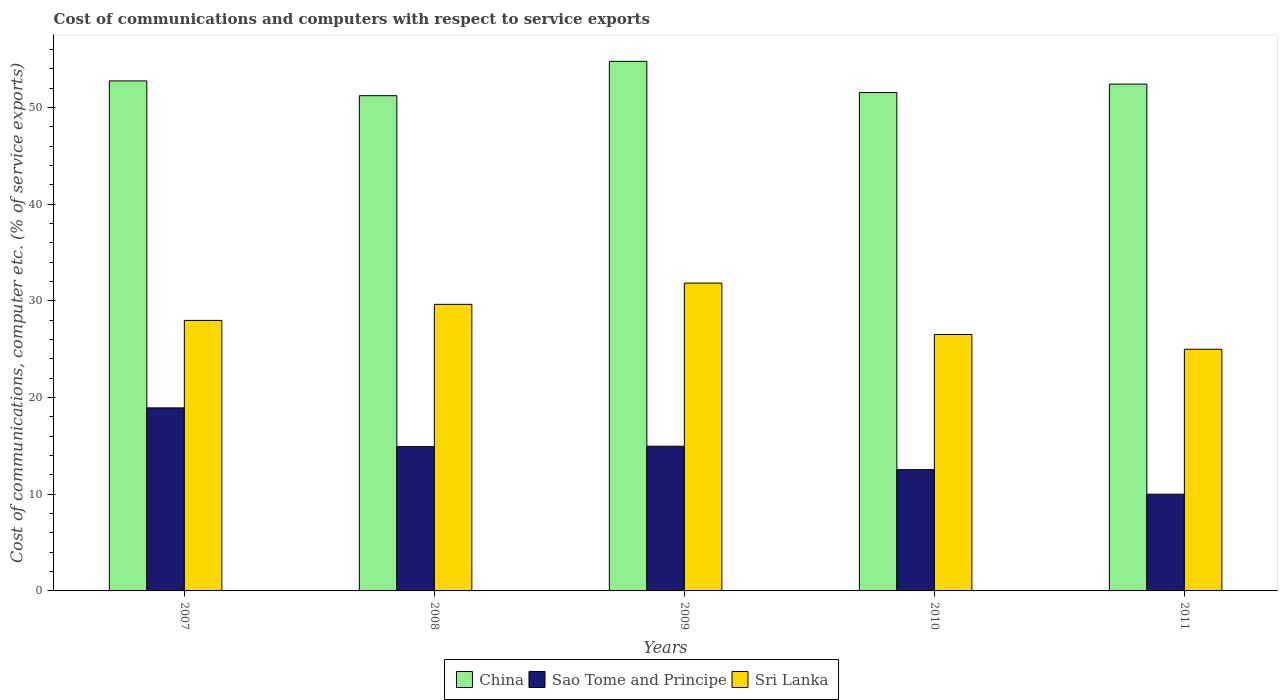
| Years | China | Sao Tome and Principe | Sri Lanka |
 | --- | --- | --- | --- |
 | 2007 | 52.8 | 18.9 | 28 |
 | 2008 | 51.2 | 14.9 | 29.6 |
 | 2009 | 54.8 | 15 | 31.8 |
 | 2010 | 51.6 | 12.5 | 26.5 |
 | 2011 | 52.4 | 10 | 25 |